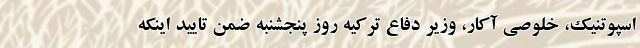
اسپوتنیک، خلوصی آکار، وزیر دفاع ترکیه روز پنجشنبه ضمن تایید اینکه